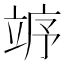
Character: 𱷨